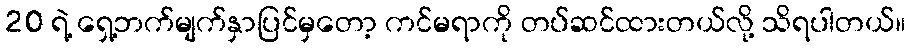
20 ရဲ့ ရှေ့ဘက်မျက်နှာပြင်မှတော့ ကင်မရာကို တပ်ဆင်ထားတယ်လို့ သိရပါတယ်။